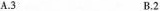
A.3 B.2